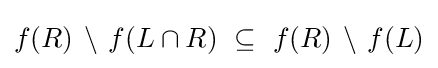
f(R)\,\setminus \,f(L\cap R)~\subseteq ~f(R)\,\setminus \,f(L)